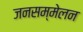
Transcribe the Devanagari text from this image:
जनसम्मेलन